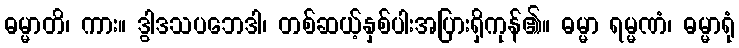
ဓမ္မာတိ၊ ကား။ ဒွါဒသပဘေဒါ၊ တစ်ဆယ့်နှစ်ပါးအပြားရှိကုန်၏။ ဓမ္မာ ရမ္မဏံ၊ ဓမ္မာရုံ